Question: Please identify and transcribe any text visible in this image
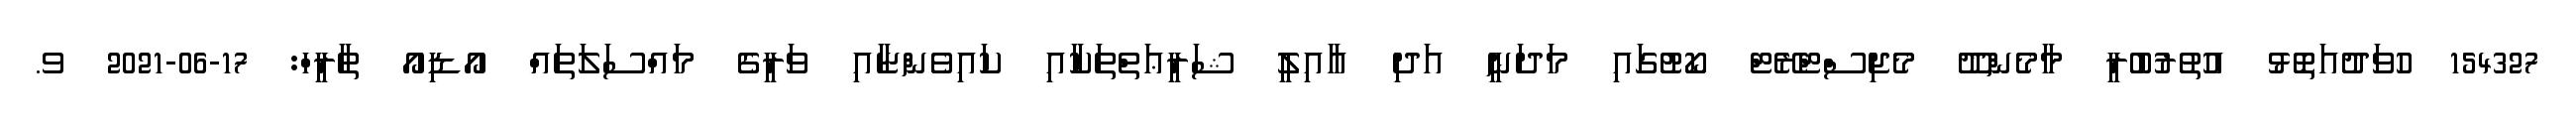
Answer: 154327 ހުވަދުއަތޮޅު އުތުރުބުރީ މާމެންދޫ މެޖިސްޓްރޭޓް ކޯޓުގައި މަދަނީ އަދި ޢާއިލީ ޝަރީޢަތްތަކާއި ކައިވެންޏާއި ވަރީގެ މައްސަލަތައް އޯޑިއޯ ތާރީހް: 17-06-2021 ވ.